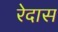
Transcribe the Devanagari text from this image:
रेदास